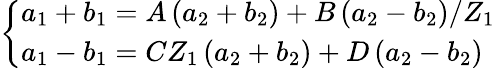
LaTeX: \left\{ \begin{array}{l}{a_{1}+b_{1}=A\left(a_{2}+b_{2}\right)+B\left(a_{2}-b_{2}\right)/Z_{1}}\\ {a_{1}-b_{1}=CZ_{1}\left(a_{2}+b_{2}\right)+D\left(a_{2}-b_{2}\right)}\end{array}\right.